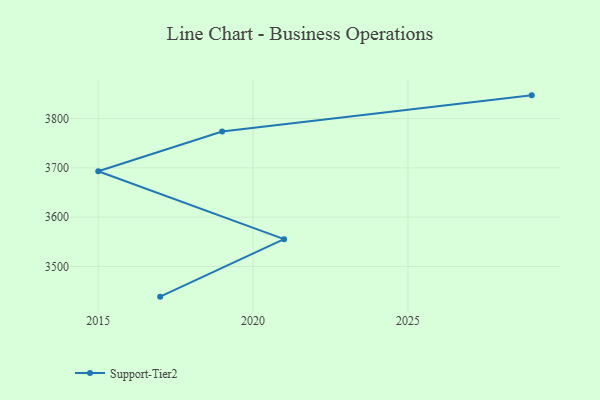
{"axis": {"x": "Year", "y": "Waste Production (Tons)"}, "legend": ["Support-Tier2"], "data": [{"x": "2029", "y": 3847.0, "type": "Support-Tier2"}, {"x": "2019", "y": 3773.8, "type": "Support-Tier2"}, {"x": "2015", "y": 3693.1, "type": "Support-Tier2"}, {"x": "2021", "y": 3555.4, "type": "Support-Tier2"}, {"x": "2017", "y": 3438.8, "type": "Support-Tier2"}]}